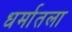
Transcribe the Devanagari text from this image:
धर्मातला